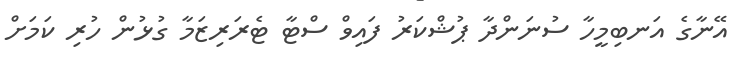
އޭނާގެ އަނބިމީހާ ސުނަންދާ ޕުޝްކަރު ފައިވް ސްޓާ ޓެރަރިޒަމާ ގުޅުން ހުރި ކަމަށް